King Institute of Preventive Medicine Micro-Biological Section reports 1912-19
Year: 1912
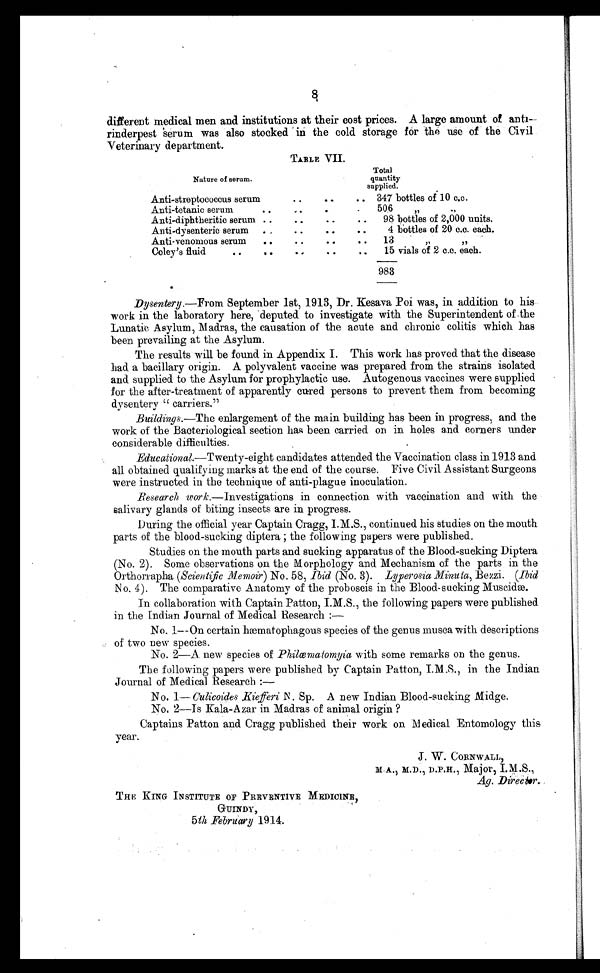
different medical men and institutions at their cost prices. A large amount of anti
¬ r i n d e r p e s t s e r u m w a s a l s o s t o c k e d i n t h e c o l d s t o r a g e f o r t h e u s e o f t h e C i v i l
Veterinary department.
TABLE VII.
Nature of serum.
Total
quantity
supplied.
Anti-streptococcus serum..
.. 347 bottles of 10 c.c.
Anti-tetanic serum
.. ..
.. ..
506,,,,
Anti-diphtheritic serum ..
.. ..
..
98 bottles of 2,000 units.
Anti-dysenteric serum ..
.. ..
..
4 bottles of 20 c.c. each.
Anti-venomous serum
..
.. ..
..
13
,,
„
Coley's fluid
.. ..
..
..
..
15 vials of 2 c.c. each.
983
Dysentery .—From September 1st, 1913, Dr. Kesava Poi was, in addition to his
work in the laboratory here, deputed to investigate with the Superintendent of the
Lunatic Asylum, Madras, the causation of the acute and chronic colitis which has
been prevailing at the Asylum.
The results will be found in Appendix I. This work has proved that the disease
had a bacillary origin. A polyvalent vaccine was prepared from the strains isolated
and supplied to the Asylum for prophylactic use. Autogenous vaccines were supplied
for the after-treatment of apparently cured persons to prevent them from becoming
dysentery "carriers."
Buildings.—The enlargement of the main building has been in progress, and the
work of the Bacteriological section has been carried on in holes and corners under
considerable difficulties.
Educational.—Twenty-eight candidates attended the Vaccination class in 1913 and.
all obtained qualifying marks at the end of the course. Five Civil Assistant Surgeons
were instructed in the technique of anti-plague inoculation.
Research work .—Investigations in connection with vaccination and with the
salivary glands of biting insects are in progress.
During the official year Captain Cragg, I.M.S., continued his studies on the mouth
parts of the blood-sucking diptera ; the following papers were published.
Studies on the mouth parts and sucking apparatus of the Blood-sucking Diptera
(No. 2). Some observations on the Morphology and Mechanism of the parts in the
Orthorrapha (Scientific Memoir ) No. 58, Ibid (No. 3). Lyperosia Minuta, Bezzi. (Ibid
No. 4). The comparative Anatomy of the proboscis in the Blood-sucking Muscidæ.
In collaboration with Captain Patton, I.M.S., the following papers were published
in the Indian Journal of Medical Research
:—
No. 1—On certain hæmatophagous species of the genus musca with descriptions
of two new species.
No. 2—A new species of Philœmatomyia with some remarks on the genus.
The following papers were published by Captain Patton, I.M.S., in the Indian
Journal of Medical Research:—
No. 1— Culicoides Kiefferi N. Sp. A new Indian Blood-sucking Midge.
No. 2—Is Kala-Azar in Madras of animal origin ?
Captains Patton and Cragg published their work on Medical Entomology this
year.
J. W. CORNWALL,
M.A., M.D., D.P.H., Major, I.M.S.,
Ag. Director.
THE KING INSTITUTE OF PREVENTIVE MEDICINE,
GUINDY,
5th February 1914.